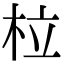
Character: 柆